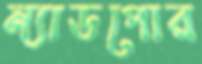
ন্যাডপোর